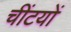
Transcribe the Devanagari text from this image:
चींटयों